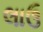
લાઉ